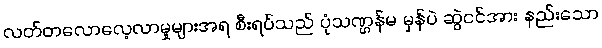
လတ်တလောလေ့လာမှုများအရ စီးရပ်သည် ပုံသဏ္ဌန်မ မှန်ပဲ ဆွဲငင်အား နည်းသော